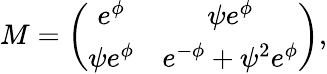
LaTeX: M=\left(\begin{array}{cc}{{e^{\phi}}}&{{\psi e^{\phi}}}\\ {{\psi e^{\phi}}}&{{e^{-\phi}+\psi^{2}e^{\phi}}}\end{array}\right),